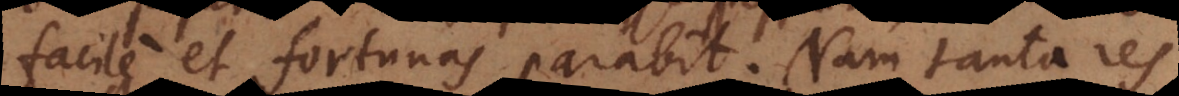
facile et fortunas parabit. Nam tanta res